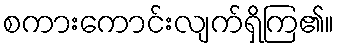
စကားကောင်းလျက်ရှိကြ၏။